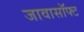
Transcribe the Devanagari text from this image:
जावासॉफ्ट